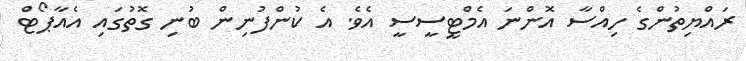
ރައްޔިތުންގެ ހިއްސާ އޮންނަ އެމްޓީސީސީ އެވެ. އެ ކުންފުނިން ބުނި ގޮތުގައި އެއާޕޯޓް